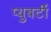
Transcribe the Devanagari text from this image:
प्युबर्टी